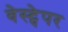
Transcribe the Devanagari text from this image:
वेस्ट्पेपर